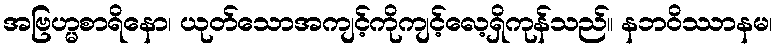
အဗြဟ္မစာရိနော၊ ယုတ်သောအကျင့်ကိုကျင့်လေ့ရှိကုန်သည်။ နဘဝိဿာနမ၊